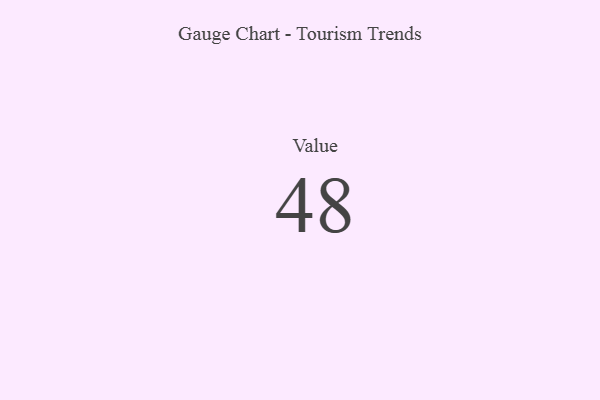
{"axis": {"x": "Metric", "y": "Value"}, "legend": [""], "data": [{"x": "Value", "y": 48, "type": ""}]}